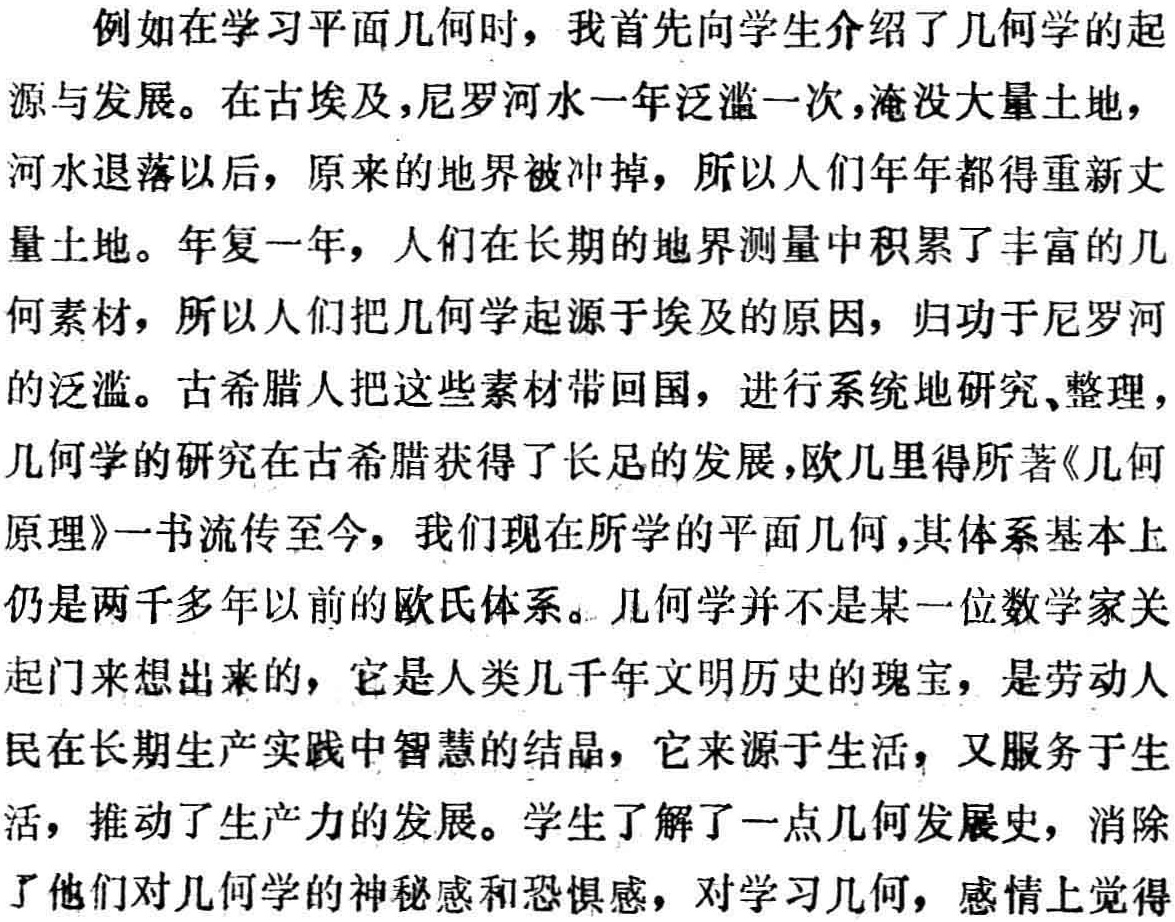
例如在学习平面几何时，我首先向学生介绍了几何学的起
源与发展。在古埃及，尼罗河水一年泛滥一次，淹没大量土地，
河水退落以后，原来的地界被冲掉，所以人们年年都得重新丈
量土地。年复一年，人们在长期的地界测量中积累了丰富的几
何素材，所以人们把几何学起源于埃及的原因，归功于尼罗河
的泛滥。古希腊人把这些素材带回国，进行系统地研究、整理，
几何学的研究在古希腊获得了长足的发展，欧几里得所著《几何
原理》一书流传至今，我们现在所学的平面几何，其体系基本上
仍是两千多年以前的欧氏体系。几何学并不是某一位数学家关
起门来想出来的，它是人类几千年文明历史的瑰宝，是劳动人
民在长期生产实践中智慧的结晶，它来源于生活，又服务于生
活，推动了生产力的发展。学生了解了一点几何发展史，消除
了他们对几何学的神秘感和恐惧感，对学习几何，感情上觉得